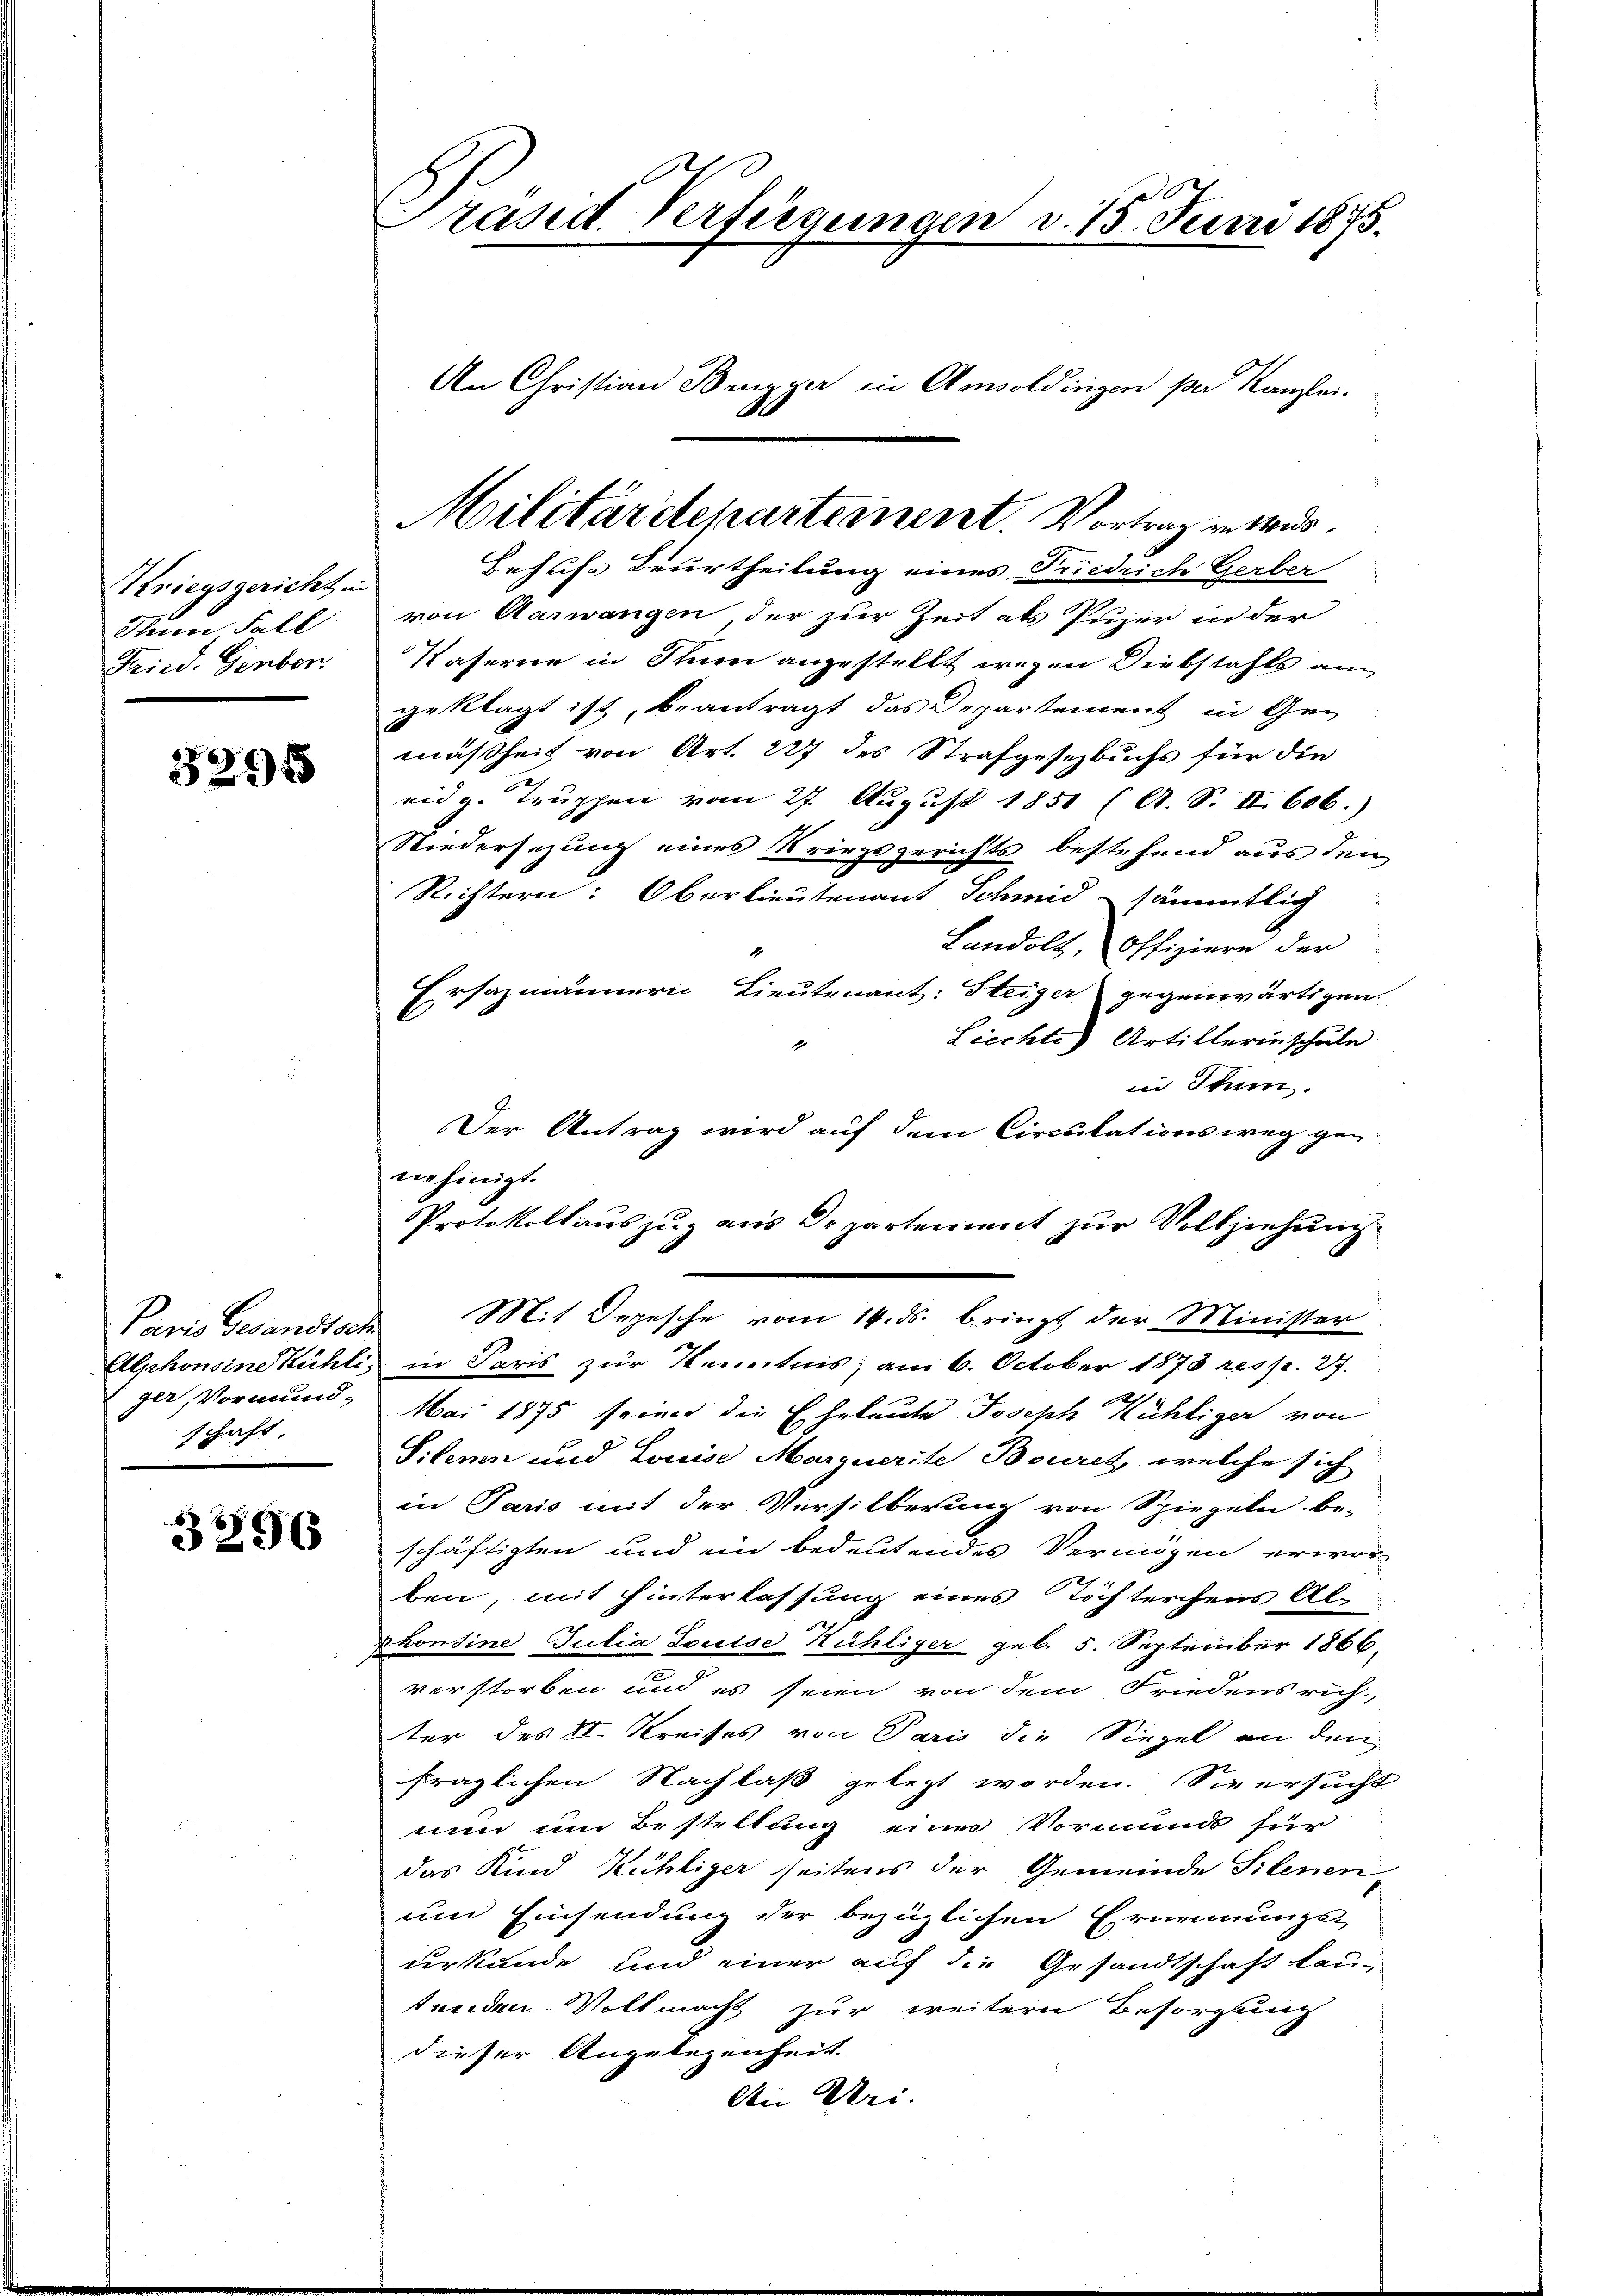
Kriegsgericht in
Ihnen Fall
Fried. Genbor

3295

Paris Gesandtsch
ger, Vormundschaft

3896

Präsid. Verfügungen d. 15. Juni 1875.
An Christian Brugger in Amsoldingen per Kanzlei.

Behufs Beurtheilung eines Friedrich Gerber
von Aarwangen der zur Zeit als Pujer in der
Waserne in Thien angestellt wegen Diebstahls am
geklagt ist, beantragt das Departement in Gemäßheit von Art. 227 des Strafgesetzbuchs für die
eidg. Truppen vom 27. August 1851 (A. S. II. 606.)
Niedersezung eines Kriegsgerichts bestehend aus den
Richtern: Oberlieutenant Schmid sämmtlich
Landolt, offiziere der
Ersazmännern Lieutenant: Steiger gegenwärtigen.
Liechte) Artillerin schule
1
in Stum.
Der Antrag wird auf dem Circulationsweg gen
Protokollauszug aus Departement zur Vollziehung
Mit Depesche vom 14. ds. bringt der Minister
Alphonsine Kühli, in Paris zur Kenntnis; am 6. October 1878 resp. 27.
Mai 1875 seiner die Eheleute Joseph Kühliger von
Silenen und Louise Marquerite Bouiret, welche sich
in Paris mit der Versilberung von Spiegeln be-
schäftigten und ein bedeutendes Vermögen erwor-
ben, mit Hinterlassung eines Töchterchens Alphonsine Julia Louise Kühliger geb. 5. September 1866
verstorben und es seien von dem Friedensrichter des II. Kreises von Paris die Siegel an den
fraglichen Nachlaß gelegt worden. Sie ersucht
nun um Bestellung eines Vormunds für
das Kind Kühliger seitens der Gemeinde Silenenum Einsendung der bezüglichen Grammungs-
derkunde und einer auf die Gesandtschaft lautenden Vollmacht zur weitern Besorgung
dieser Angelegenheit.
Ain Uri.

Militärdepartement. Vortrag v. M.

nehmigt.